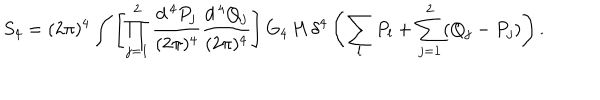
S _ { 4 } = ( 2 \pi ) ^ { 4 } \int \left[ \prod _ { j = 1 } ^ { 2 } \frac { d ^ { \, 4 } P _ { j } } { ( 2 \pi ) ^ { 4 } } \frac { d ^ { \, 4 } Q _ { j } } { ( 2 \pi ) ^ { 4 } } \right] G _ { 4 } \, H \, \delta ^ { 4 } \left( \sum _ { l } P _ { l } + \sum _ { j = 1 } ^ { 2 } ( Q _ { j } - P _ { j } ) \right) .